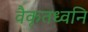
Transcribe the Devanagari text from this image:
वैकृतध्वनि